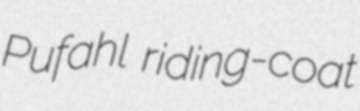
Pufahl riding-coat